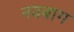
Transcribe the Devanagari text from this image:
नवबाग